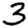
Digit: 3